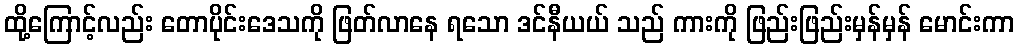
ထို့ကြောင့်လည်း တောပိုင်းဒေသကို ဖြတ်လာနေ ရသော ဒင်နီယယ် သည် ကားကို ဖြည်းဖြည်းမှန်မှန် မောင်းကာ